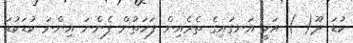
ކުޑަ ދޫ( ) އަކީ އަނގައިގެ ތެރެއިން ފަހަތުން ފެންނަ އިންނަ ކުޑަކުޑަ